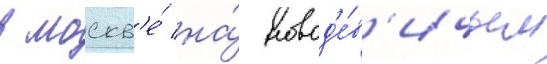
в москв'е́ на́ новод'е́в'ичьем